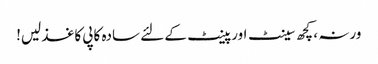
ورنہ ، کچھ سینٹ اور پینٹ کے لئے سادہ کاپی کاغذ لیں!